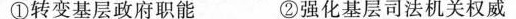
①转变基层政府职能 ②强化基层司法机关权威